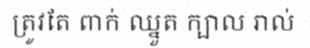
ត្រូវតែ ពាក់ ឈ្នួត ក្បាល រាល់